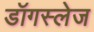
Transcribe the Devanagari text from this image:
डॉगस्लेज